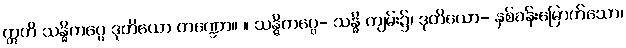
ဣတိ သန္ဓိကပ္ပေ ဒုတိယော ကဏ္ဍော။ ။ သန္ဓိကပ္ပေ- သန္ဓိ ကျမ်း၌၊ ဒုတိယော- နှစ်ခန်းမြောက်သော၊